Document type: Sale
Year: 1440
Scribe: Pere Pau Pujades
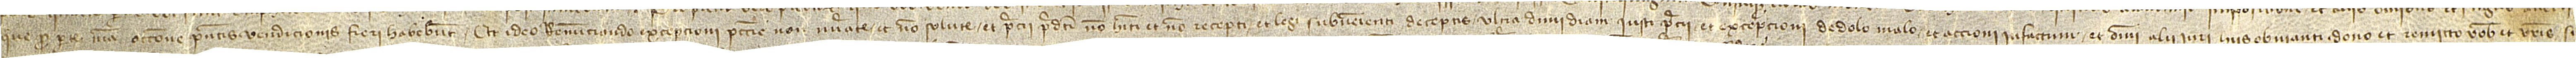
que pro parte mea occasione presentis vendicionius fieri habebunt. Et ideo renunciando excepcioni peccunie non numerate et non solute, et precii predicti non habiti et non recepti, et legi subvenienti deceptis ultra dimidiam iusti precii, et excepcioni de dolo malo, et accioni infactum, et omni alii iuri hiis obvianti, dono et remitto vobis et vestris si-